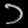
Digit: ၁